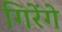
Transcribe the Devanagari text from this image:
गिरेंगे